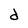
Character: d